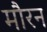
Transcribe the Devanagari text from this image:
मौरन